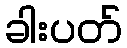
ခါးပတ်